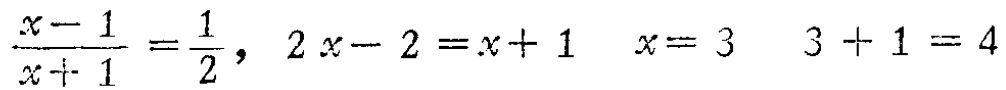
$\frac{x - 1}{x + 1}=\frac{1}{2},\ 2x - 2=x + 1\ \ x = 3\ \ 3+1 = 4$